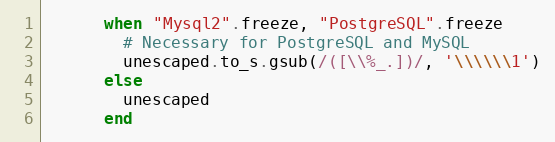
Language: Ruby
      when "Mysql2".freeze, "PostgreSQL".freeze
        # Necessary for PostgreSQL and MySQL
        unescaped.to_s.gsub(/([\\%_.])/, '\\\\\\1')
      else
        unescaped
      end